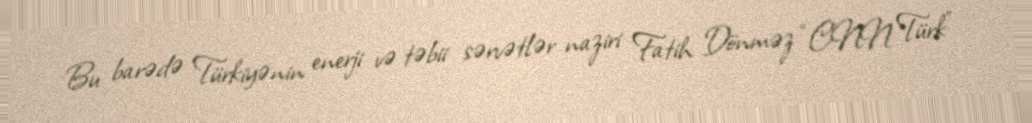
Bu barədə Türkiyənin enerji və təbii sərvətlər naziri Fatih Dönməz “CNN Türk”